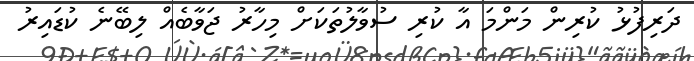
ދަރިފުޅު ކުރިން މަންމަ އާ ކުރި ސުވާލުތަކަށް މިހާރު ޖަވާބެއް ލިބޭނެ ކުޑައިރު